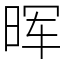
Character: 晖